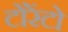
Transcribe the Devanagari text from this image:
टोंरेंटो